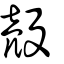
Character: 壳